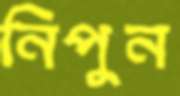
নিপুন